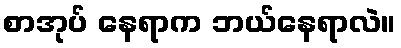
စာအုပ် နေရာက ဘယ်နေရာလဲ။